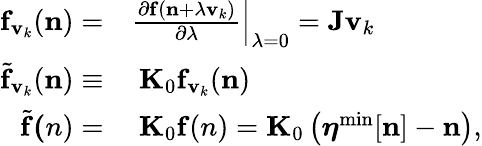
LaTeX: \begin{array}{rl}{{\mathbf f}_{{\mathbf v}_{k}}({\mathbf n})=}&{\frac{\partial{\mathbf f}({\mathbf n}+\lambda{\mathbf v}_{k})}{\partial\lambda}\Big\vert_{\lambda=0}={\mathbf J}{\mathbf v}_{k}}\\ {{\widetilde{\mathbf f}}_{{\mathbf v}_{k}}({\mathbf n})\equiv}&{~{\mathbf K}_{0}{\mathbf f}_{{\mathbf v}_{k}}({\mathbf n})}\\ {{\widetilde{\mathbf f}}{\mathbf(n)}=}&{~{\mathbf K}_{0}{\mathbf f(n)}={\mathbf K}_{0}\left({\boldsymbol\eta}^{\mathrm{min}}[{\mathbf n}]-{\mathbf n}\right),}\end{array}